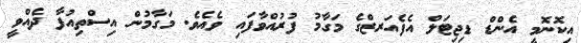
އިކޮނޮމީ އެންޑް ޑިޖިޓަލް އެފެއަރޒްގެ މަގާމު ފުރުއްވާފައި ވެއެވެ. މަގާމުން އިސްތިއުފާ ދެއްވީ